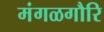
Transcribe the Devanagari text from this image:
मंगळगौरि